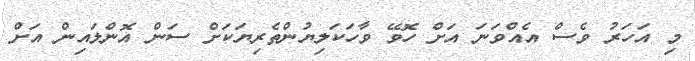
މި އަހަރު ވެސް އެއްވަނަ އަށް ހޮވޭ ވާހަކަލިޔުންތެރިޔަކަށް ސަން އޮންލައިން އަށް